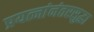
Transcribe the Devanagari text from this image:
प्रयत्नांनंतरसुद्धा